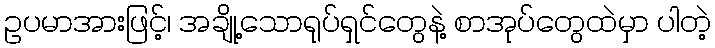
ဥပမာအားဖြင့်၊ အချို့သောရုပ်ရှင်တွေနဲ့ စာအုပ်တွေထဲမှာ ပါတဲ့